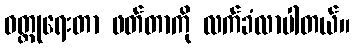
ဝတ္ထုရေးတာ ဖတ်တာကို လက်ခံလာပါတယ်။